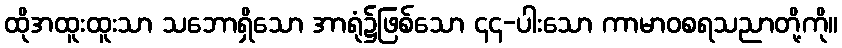
ထိုအထူးထူးသာ သဘောရှိသော အာရုံ၌ဖြစ်သော ၄၄-ပါးသော ကာမာဝစရသညာတို့ကို။